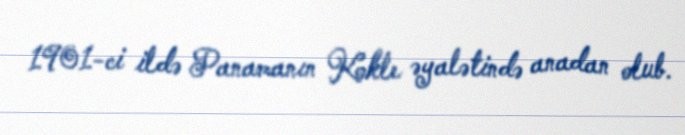
1901-ci ildə Panamanın Kokle əyalətində anadan olub.